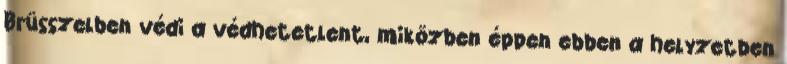
Brüsszelben védi a védhetetlent, miközben éppen ebben a helyzetben